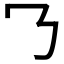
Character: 𬼁